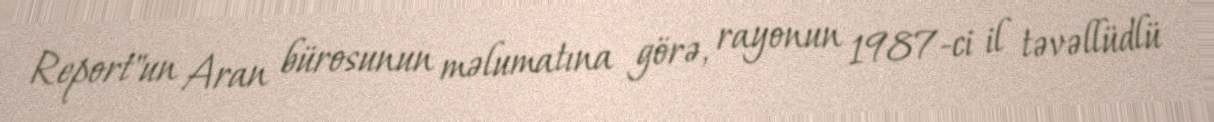
Report"un Aran bürosunun məlumatına görə, rayonun 1987-ci il təvəllüdlü